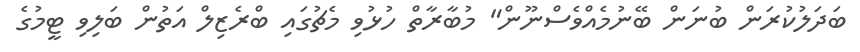
ބަދަލުކުރަން ބުނަން ބޭނުމެއްވެސްނޫން" މުބާރާތް ހުޅުވި މެޗުގައި ބްރެޒިލް އަތުން ބަލިވި ޓީމުގެ